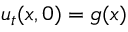
u _ { t } ( x , 0 ) = g ( x )